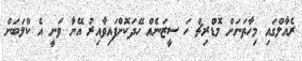
ރެއާލްގައި މިހާތަނަށް މޮޑްރިޗް ހަ ސީޒަނެއް ހޭދަކޮށްފައިވާއިރު އޭނާ ވަނީ އެ ކްލަބަށް